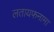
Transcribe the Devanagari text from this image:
लतायफनामा